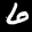
Label: 6